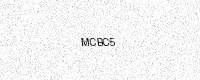
Text: MCBC5